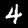
Digit: 4